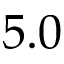
5 . 0